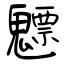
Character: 魒